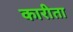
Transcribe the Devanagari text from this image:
कारीता